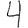
Digit: 4